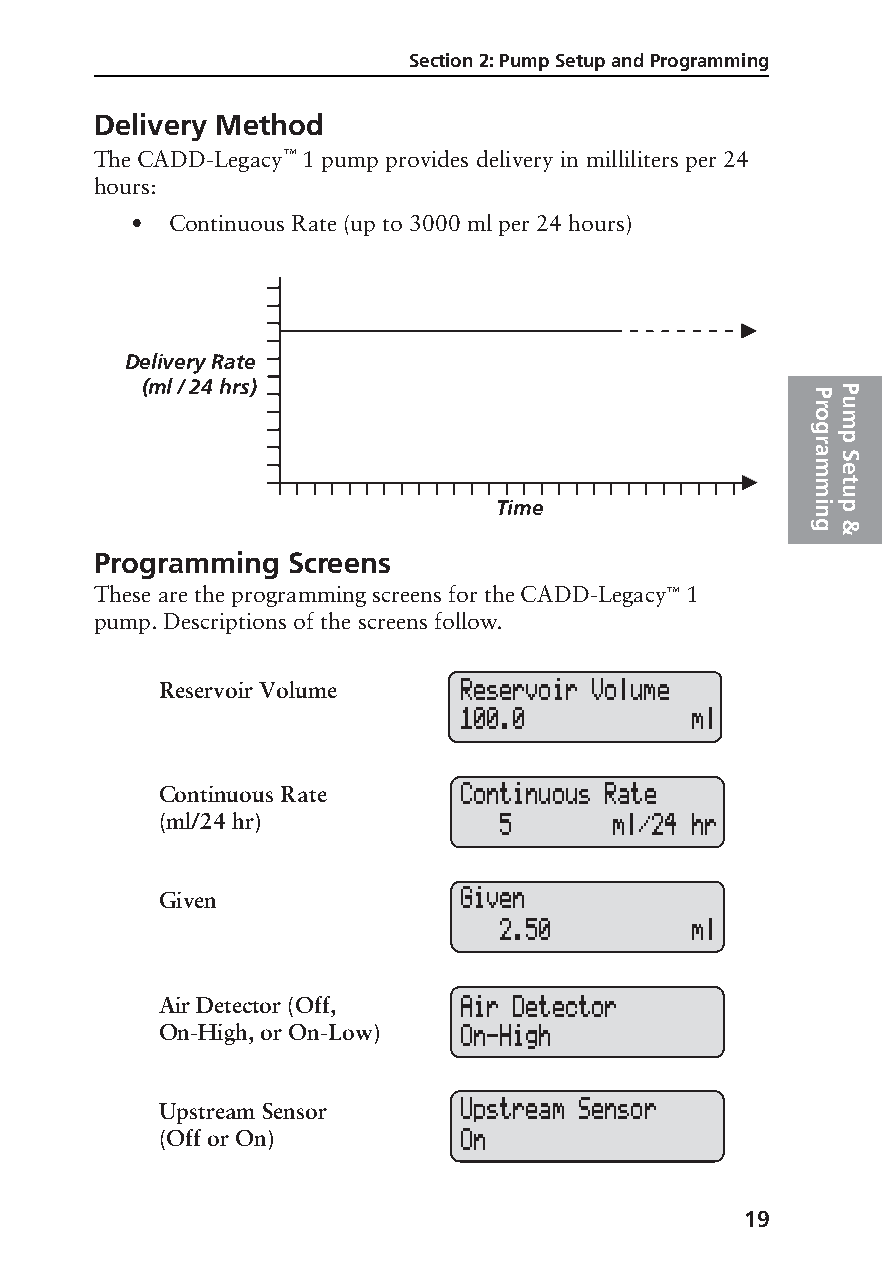
Section 2: Pump Setup and Programming
 Delivery Method
 The CADD-Legacy™ 1 pump provides delivery in milliliters per 24
 hours:
 • Continuous Rate (up to 3000 ml per 24 hours)
 Delivery Rate
 (ml / 24 hrs)                                PP
 ru
 om
 g
 rp
 a S
 me
 mt
 u
 Time                 i np
 g &
 Programming  Screens
 These are the programming screens for the CADD-Legacy™ 1
 pump. Descriptions of the screens follow.
 Reservoir Volume   Reservoir Volume
 100.0           ml
 Continuous Rate    Continuous Rate
 (ml/24 hr)            5      ml/24 hr
 Given              Given
 2.50         ml
 Air Detector (Off, Air Detector
 On-High, or On-Low) On-High
 Upstream Sensor    Upstream Sensor
 (Off or On)        On
 19
 PROOF (LR #3086), 2000-03-16 «3935-51D Manual, Legacy 1»